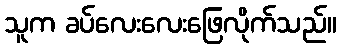
သူက ခပ်လေးလေးဖြေလိုက်သည်။